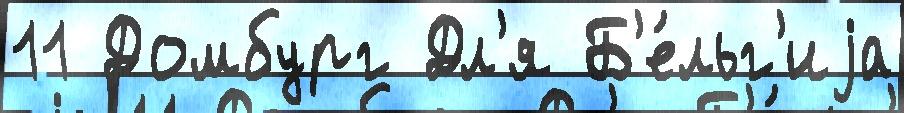
11 Домбург Дл'я Б'е́льг'иjа